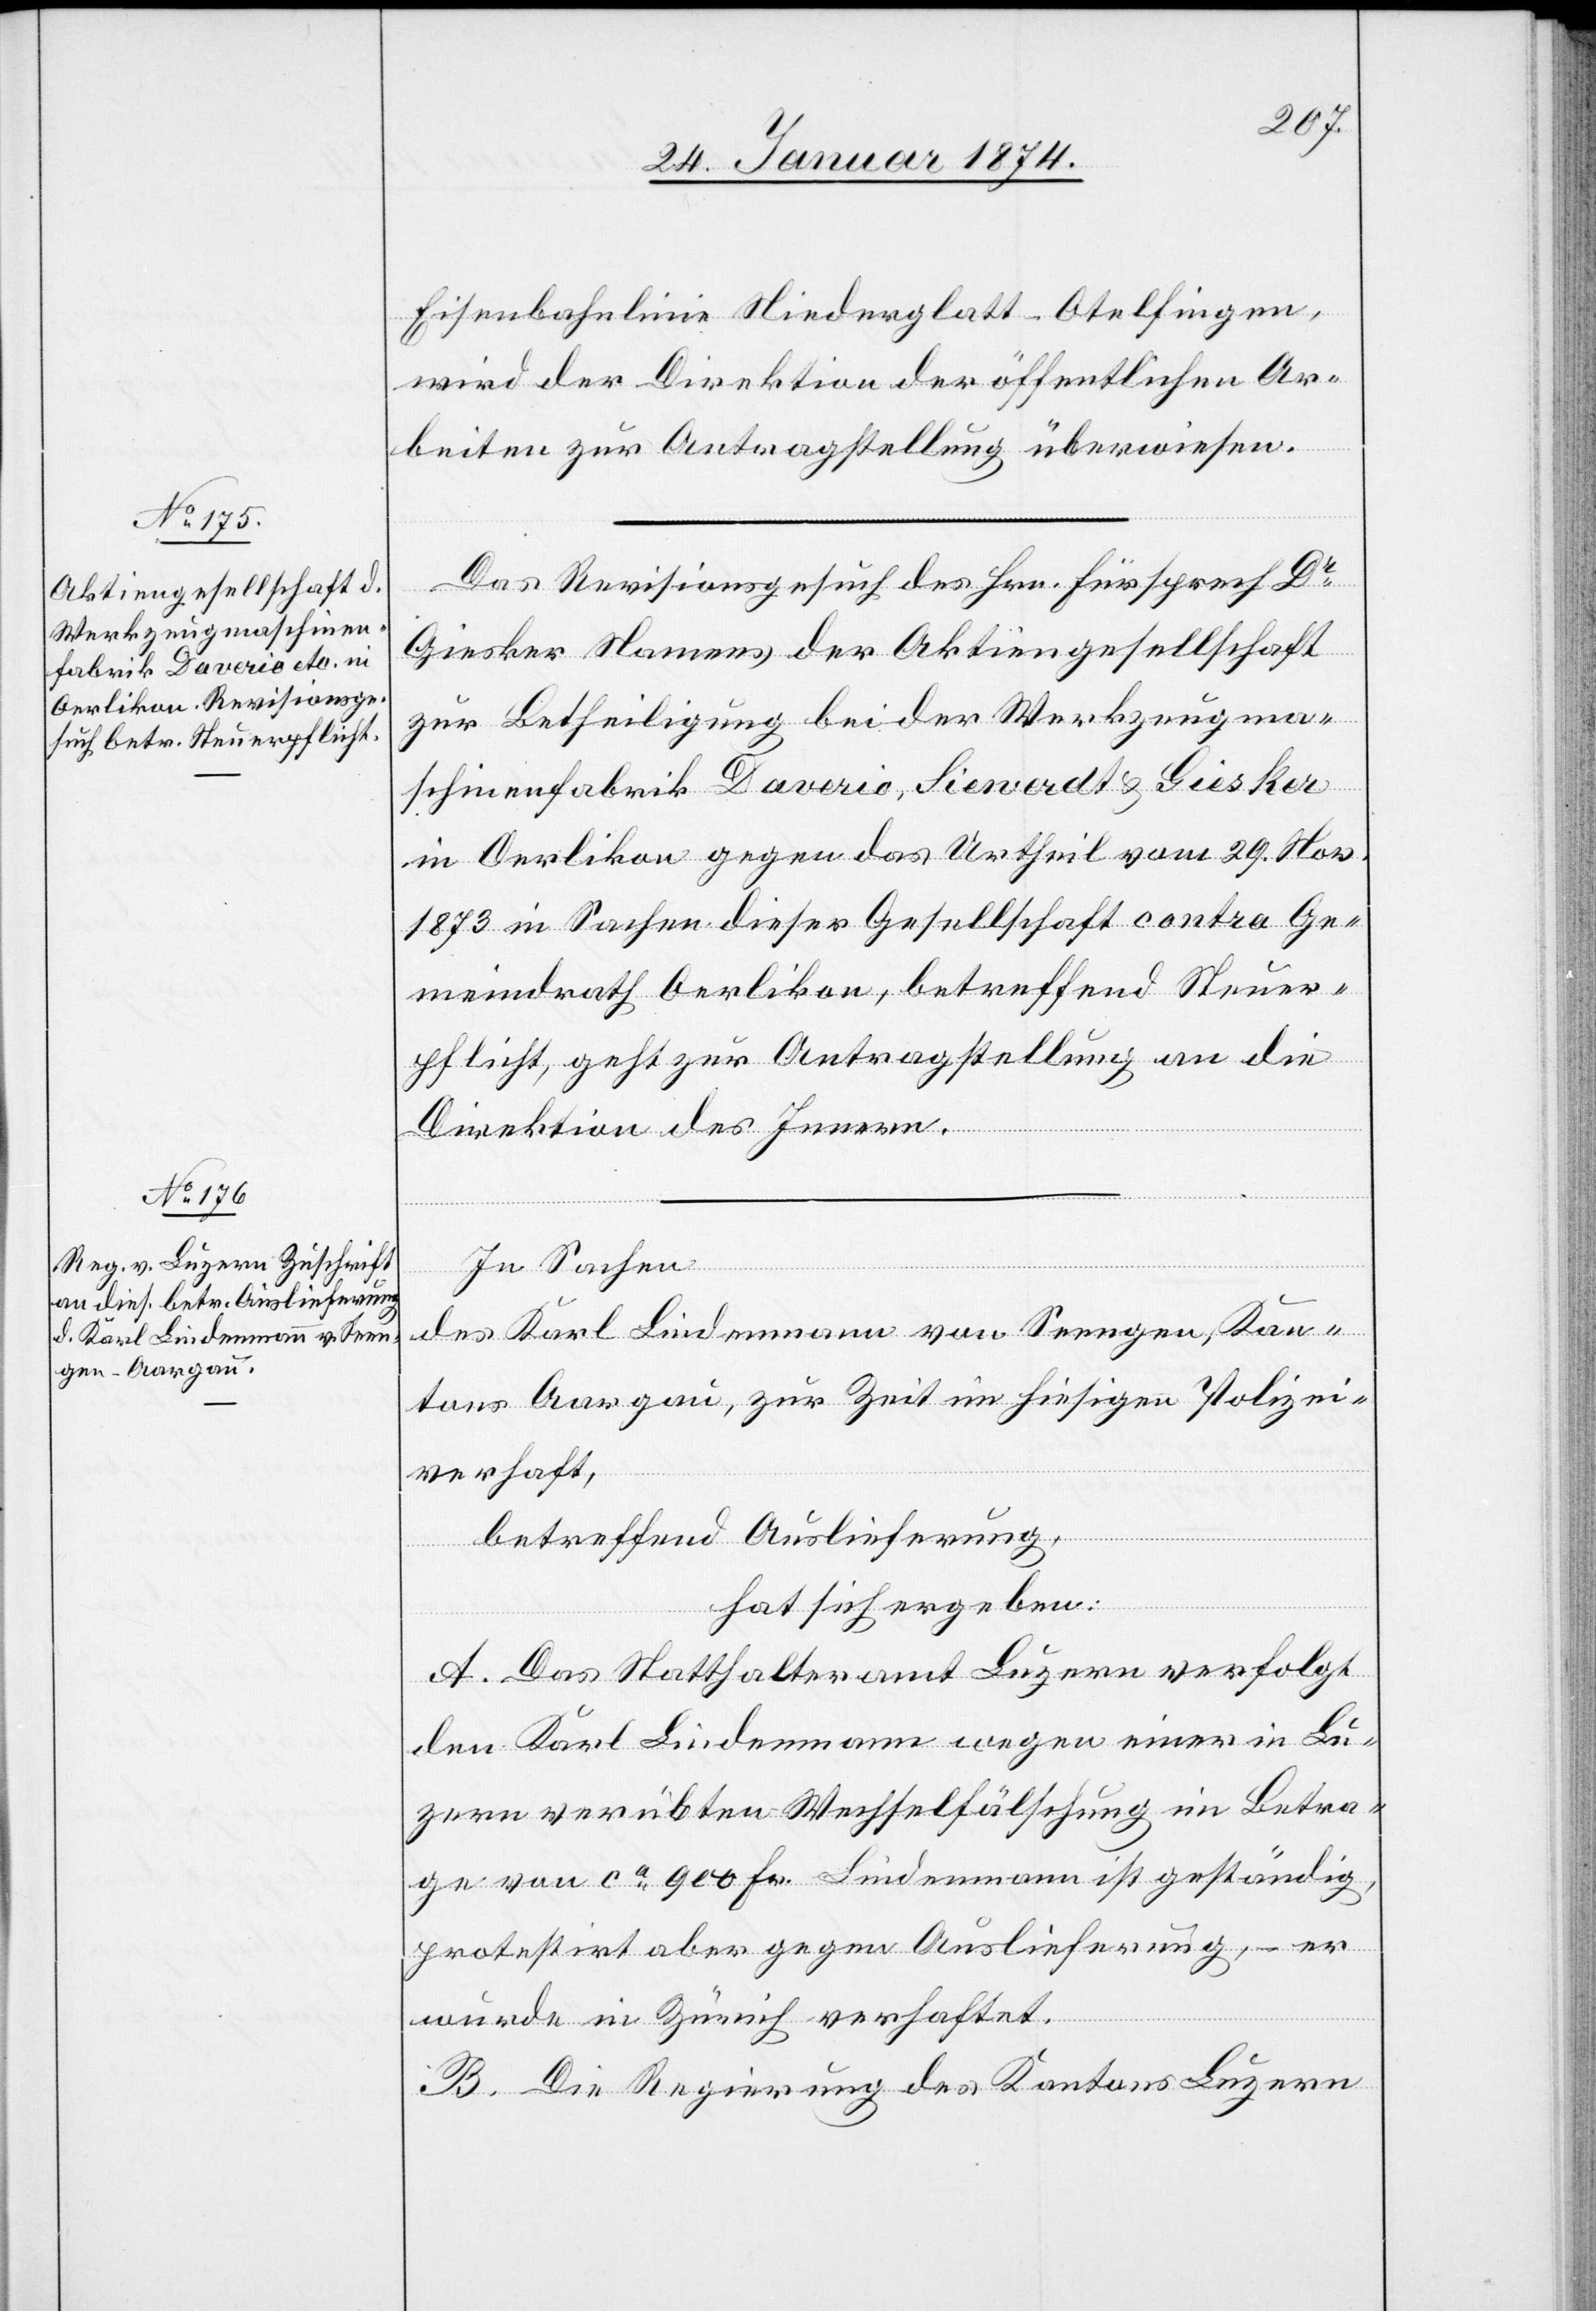
30. Januar 1874.]
Eisenbahnlinie Niederglatt-Otelfingen,
wird der Direktion der öffentlichen Ar¬
beiten zur Antragstellung überwiesen.
Das Revisionsgesuch des Hrn. Fürsprech Dr
Giesker Namens der Aktiengesellschaft
zur Betheiligung bei der Werkzeugma¬
schinenfabrik Daverio, Sienerdt & Giesker
in Oerlikon gegen das Urtheil vom 29. Nov.
1873 in Sachen dieser Gesellschaft contra Ge¬
meindrath Oerlikon, betreffend Steuer¬
pflicht, geht zur Antragstellung an die
Direktion des Innern.
In Sachen
des Karl Lindenmann von Seengen, Kan¬
tons Aargau, zur Zeit im hiesigen Polizei¬
verhaft,
betreffend Auslieferung,
hat sich ergeben:
A. Das Statthalteramt Luzern verfolgt
den Karl Lindenmann wegen einer in Lu¬
zern verübten Wechselfälschung im Betra¬
ge von ca 900 Fr. Lindenmann ist geständig,
protestirt aber gegen Auslieferung, – er
wurde in Zürich verhaftet.
B. Die Regierung des Kantons Luzern